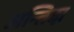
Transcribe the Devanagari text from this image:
अन्तिदा